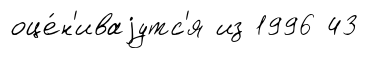
оце́н'иваjутс'я из 1996 43